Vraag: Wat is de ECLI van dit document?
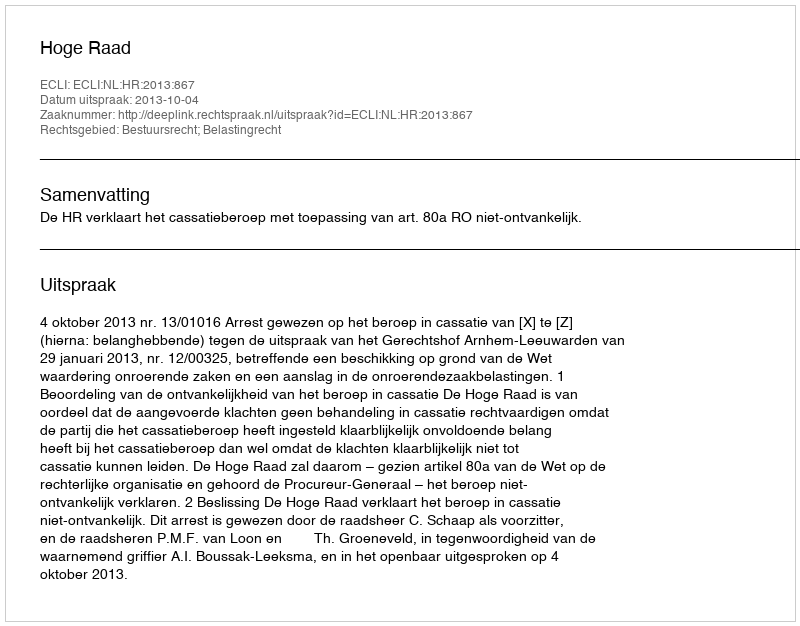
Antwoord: ECLI:NL:HR:2013:867